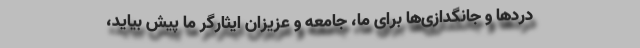
دردها و جانگدازی‌ها برای ما، جامعه و عزیزان ایثارگر ما پیش بیاید،